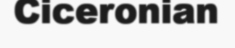
Ciceronian